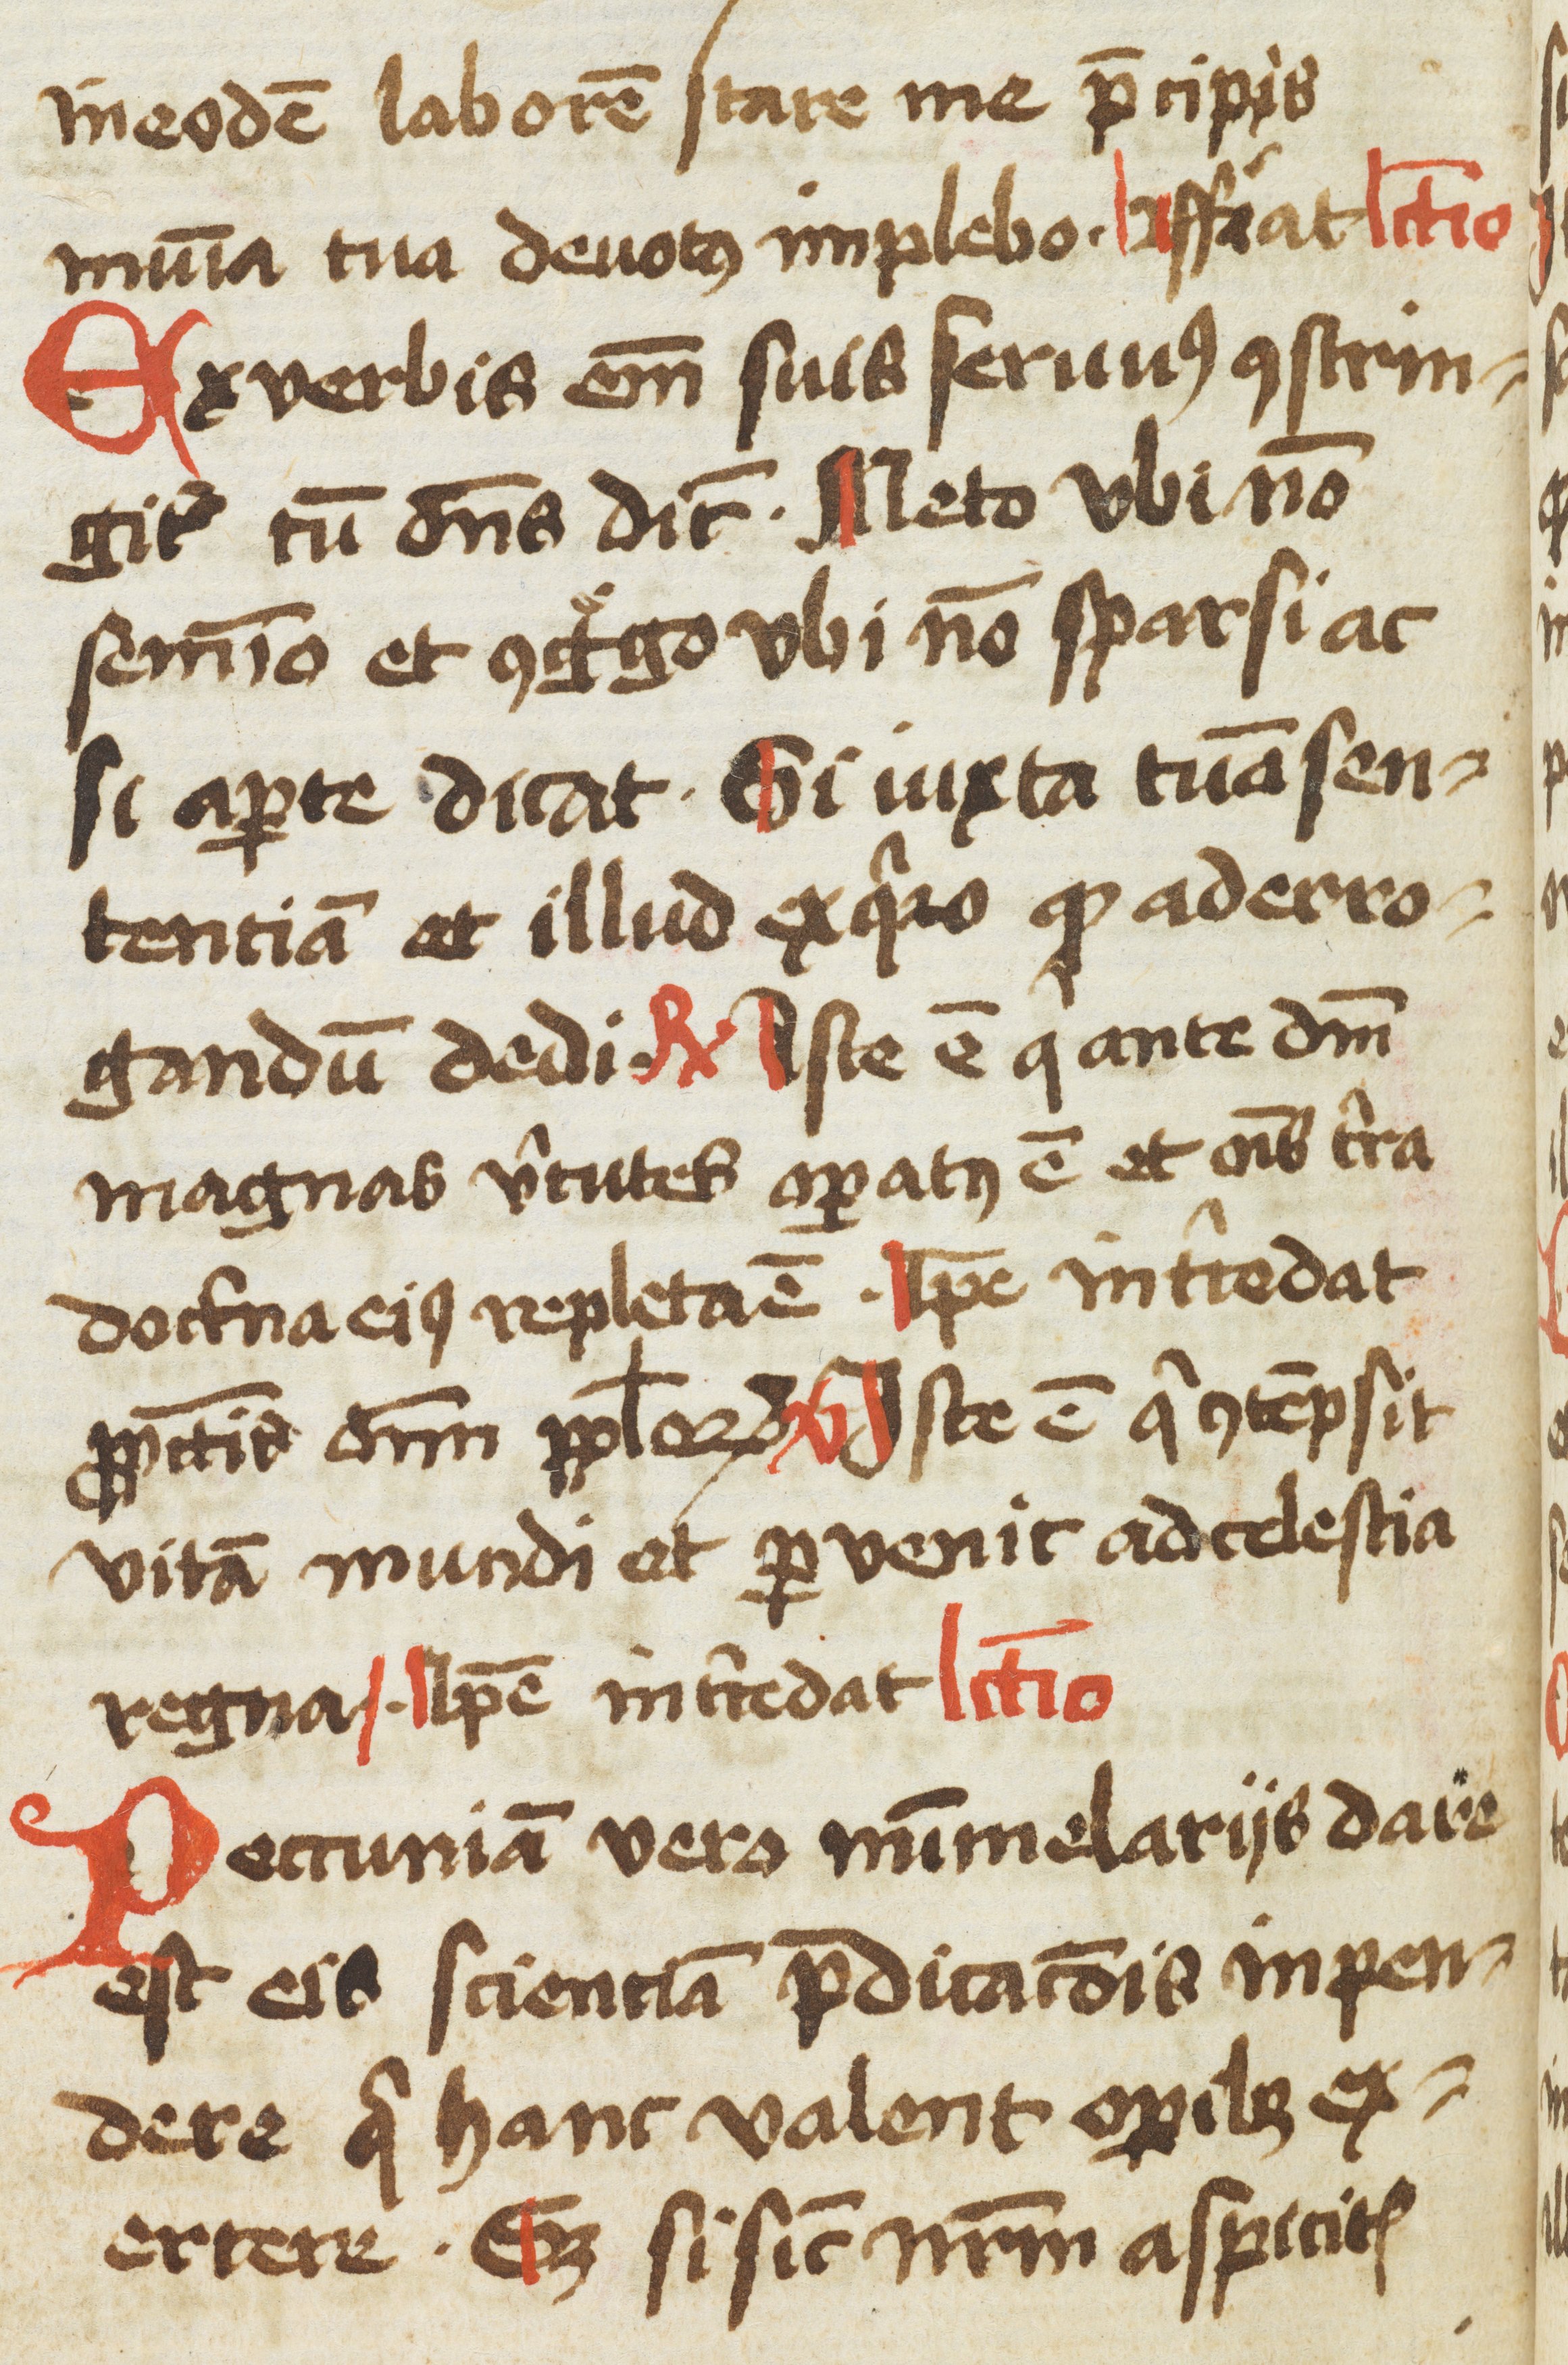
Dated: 1433–1465